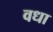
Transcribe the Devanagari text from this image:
वधा